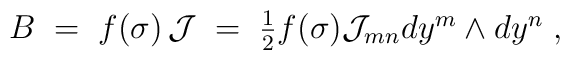
B \;=\; f(\sigma )\, \mathcal{J}     \;=\; \textstyle{\frac{1}{2}} f(\sigma )               \mathcal{J}_{mn} dy^{m}\wedge dy^{n}    \; ,